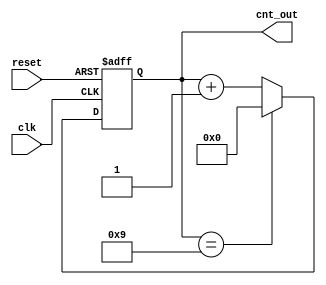
module cnt(
    input clk,
    input reset,
    output reg [3:0] cnt_out
);
always @(negedge reset or posedge clk)
begin
    if(~reset)
        cnt_out <= 4'b0000;
    else begin
        if (cnt_out==4'b1001) cnt_out<=4'b0000;
        else cnt_out<=cnt_out+1;
    end
end
endmodule